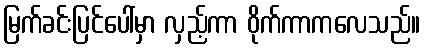
မြက်ခင်းပြင်ပေါ်မှာ လှည့်ကာ ဝိုက်ကာကလေသည်။